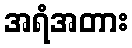
အရံအတား